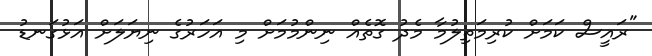
"ރައީސް ކަމަށް ކުރިމަތިލުމާ މެދު ގޮތެއް ނިންމުމަށް މި އަހަރުގެ ނިޔަލަށް އަޅުގަނޑު